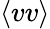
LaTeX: \langle vv\rangle